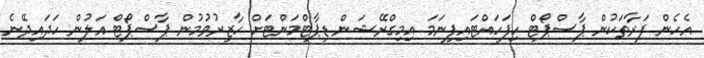
އެހެން ފަރާތަކުން ޕާސްޕޯޓް ހިފަހައްޓައިފިނަމަ އިމިގްރޭޝަން ޑިޕާޓްމަންޓަށް ހާޒިރުވުމުން ޕާސްޕޯޓް އަލުން ހަދައިދޭނެ